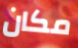
مكان